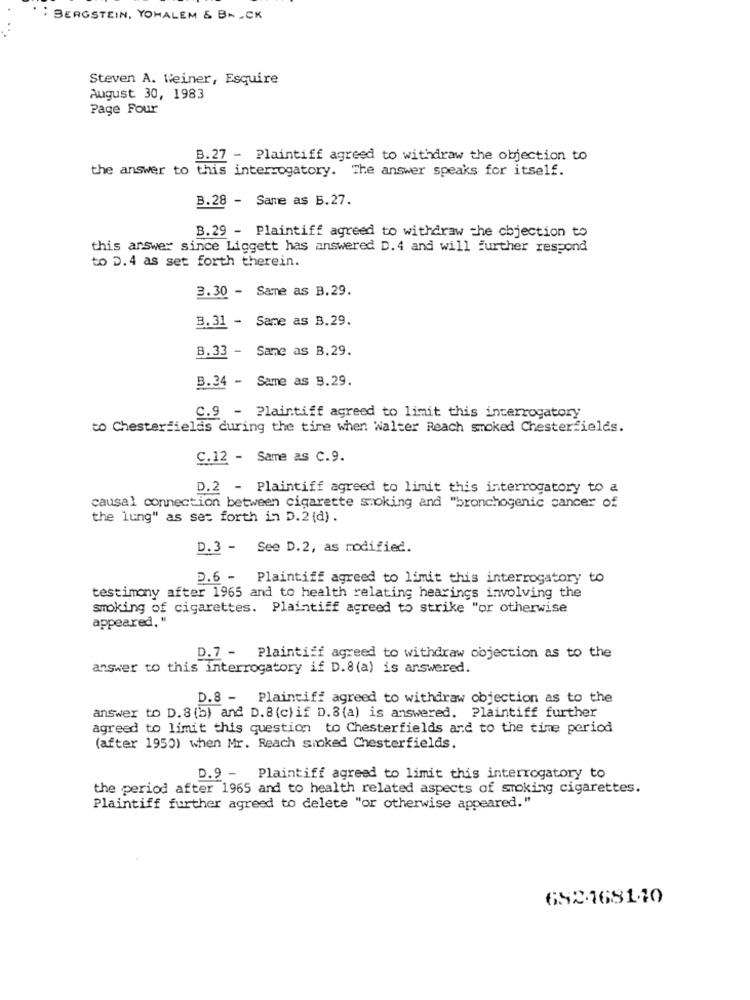
BERGSTEIN, YOHALEM & Br . CK
Steven A. Weiner, Esquire
August 30, 1983
Page Four
B.27 - Plaintiff agreed to withdraw the objection to
the answer to this interrogatory. The answer speaks for itself.
B.28 - Same as B.27.
B. 29 - Plaintiff agreed to withdraw the objection to
this answer since Liggett has answered D. 4 and will Further respond
to D. 4 as set forth therein.
3.30 - Same as B.29.
3. 31 - Same as B.29.
B.33 - Same as B.29.
B.34 - Same as B.29.
C.9 - Plaintiff agreed to limit this interrogatory
to Chesterfields during the time when Walter Reach smoked Chesterfields.
C.12 - Same as C.9.
D.2 - Plaintiff agreed to limit this interrogatory to a
causal connection between cigarette smoking and "bronchogenic cancer of
the lung" as set forth in D.2 (d).
D.3 - See D.2, as modified.
D.6 - Plaintiff agreed to limit this interrogatory to
testimony after 1965 and to health relating hearings involving the
smoking of cigarettes. Plaintiff agreed to strike "or otherwise
appeared. "
D.7 - Plaintiff agreed to withdraw objection as to the
answer to this interrogatory if D.8 (a) is answered.
D.8 - Plaintiff agreed to withdraw objection as to the
answer to D.8 (b) and D.8 (c) if D. 8 (a) is answered. Plaintiff further
agreed to limit this question to Chesterfields and to the time period
(after 1950) when Mr. Reach smoked Chesterfields.
D.9 - Plaintiff agreed to limit this interrogatory to
the period after 1965 and to health related aspects of smoking cigarettes.
Plaintiff further agreed to delete "or otherwise appeared."
6921681-10